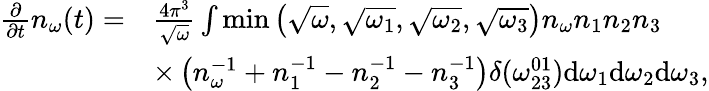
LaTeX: \begin{array}{rl}{\frac{\partial}{\partial t}n_{\omega}(t)=}&{\frac{4\pi^{3}}{\sqrt{\omega}}\int\operatorname*{min}\left(\sqrt{\omega},\sqrt{\omega_{1}},\sqrt{\omega_{2}},\sqrt{\omega_{3}}\right)n_{\omega}n_{1}n_{2}n_{3}}\\ &{\times\left(n_{\omega}^{-1}+n_{1}^{-1}-n_{2}^{-1}-n_{3}^{-1}\right)\delta(\omega_{23}^{01})\mathrm{d}\omega_{1}\mathrm{d}\omega_{2}\mathrm{d}\omega_{3},}\end{array}